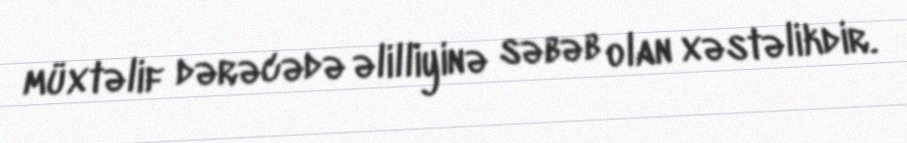
müxtəlif dərəcədə əlilliyinə səbəb olan xəstəlikdir.